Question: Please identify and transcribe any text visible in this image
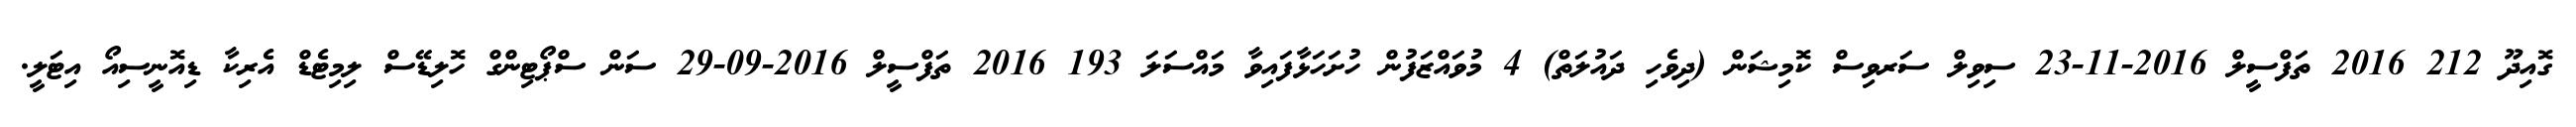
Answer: ގޮއިދޫ 212 2016 ތަފްސީލް 2016-11-23 ސިވިލް ސަރވިސް ކޮމިޝަން (ދިވެހި ދައުލަތް) 4 މުވައްޒަފުން ހުށަހަޅާފައިވާ މައްސަލަ 193 2016 ތަފްސީލް 2016-09-29 ސަން ސްޕޯޓިންގް ހޮލިޑޭސް ލިމިޓެޑް އެރިކާ ޑިއޮނީސިއޯ އިޓަލީ.